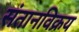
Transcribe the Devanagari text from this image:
संतानविक्रय